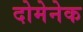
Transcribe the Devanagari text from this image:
दोमेनेक